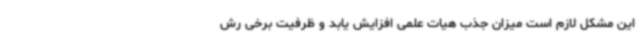
این مشکل لازم است میزان جذب هیات علمی افزایش یابد و ظرفیت برخی رش